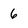
Character: 6